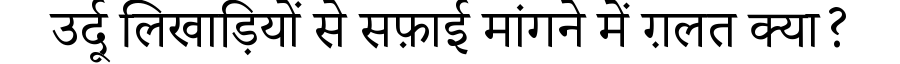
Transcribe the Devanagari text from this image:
उर्दू लिखाड़ियों से सफ़ाई मांगने में ग़लत क्या?